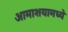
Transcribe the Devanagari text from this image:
आमाशयामध्ये